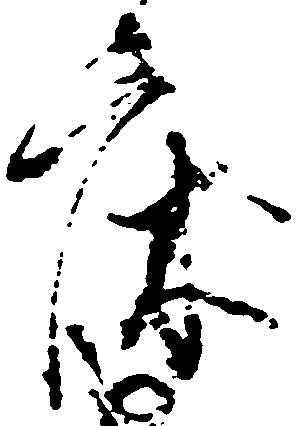
床